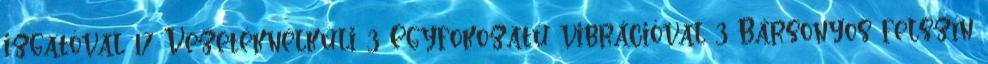
izgatóval 17 Vezetéknélküli 3 Egyfokozatú vibrációval 3 Bársonyos felszín